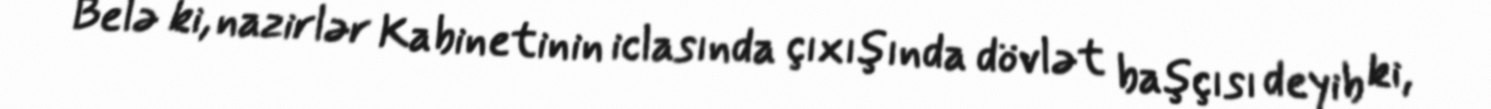
Belə ki, nazirlər Kabinetinin iclasında çıxışında dövlət başçısı deyib ki,